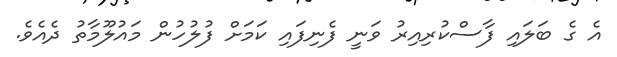
އެ ގެ ބަލައި ފާސްކުރިއިރު ވަނީ ފެނިފައި ކަމަށް ފުލުހުން މައުލޫމާތު ދެއެވެ.